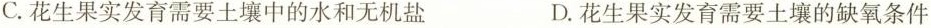
C. 花生果实发育需要土壤中的水和无机盐 D. 花生果实发育需要土壤的缺氧条件